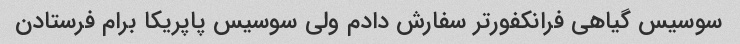
سوسیس گیاهی فرانکفورتر سفارش دادم ولی سوسیس پاپریکا برام فرستادن